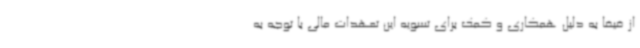
از فیفا به دلیل همکاری و کمک برای تسویه این تعهدات مالی با توجه به